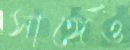
সাঙ্গেও